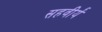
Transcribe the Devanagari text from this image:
सहवीर्यं